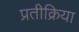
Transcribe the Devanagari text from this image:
प्रतीक्रिया